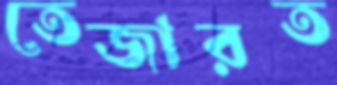
তেজারত